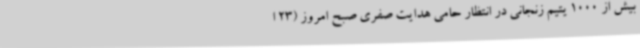
بیش از 1000 یتیم زنجانی در انتظار حامی هدایت صفری صبح امروز (23 ا